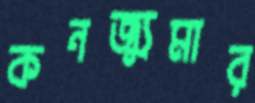
কনজ্যুমার